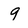
Character: 9